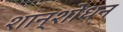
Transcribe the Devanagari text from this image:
शान्शोधन